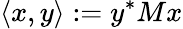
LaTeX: \langle x,y\rangle:=y^{*}Mx